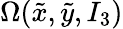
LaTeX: \Omega(\tilde{x},\tilde{y},I_{3})